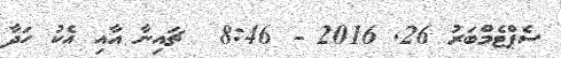
ސެޕްޓެމްބަރު 26